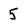
Character: 5